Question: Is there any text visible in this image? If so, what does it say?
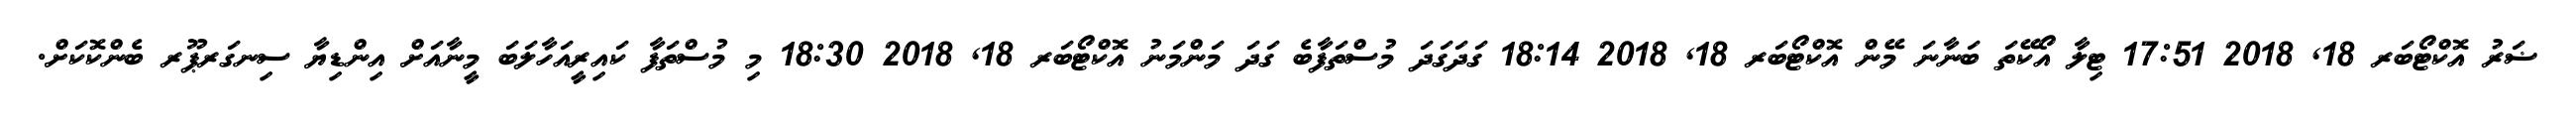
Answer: ޟަރު އޮކްޓޯބަރ 18, 2018 17:51 ޓިލާ އޯކޭތަ ބަނާނަ މޭން އޮކްޓޯބަރ 18, 2018 18:14 ގަދަގަދަ މުސްތަފާބެ ގަދަ މަންމަނު އޮކްޓޯބަރ 18, 2018 18:30 މި މުސްތަފާ ކައިރީއަހާލަބަ މީނާއަށް އިންޑިޔާ ސިނގަރޕޫރ ބެންކޮކަށް.